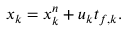
\boldsymbol { x } _ { k } = \boldsymbol { x } _ { k } ^ { n } + \boldsymbol { u } _ { k } t _ { f , k } .